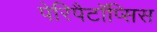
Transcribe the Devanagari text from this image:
पेरिपैटॉप्सिस